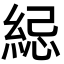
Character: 䋟